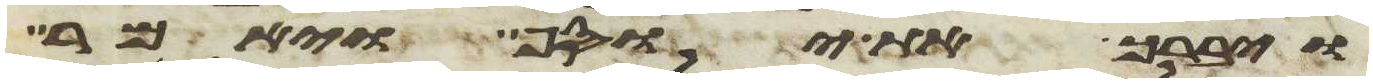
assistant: ויברך את יוסף ויאמר